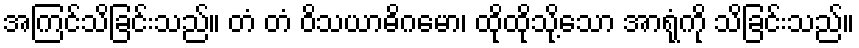
အကြင်သိခြင်းသည်။ တံ တံ ဝိသယာဓိဂမော၊ ထိုထိုသို့သော အာရုံကို သိခြင်းသည်။